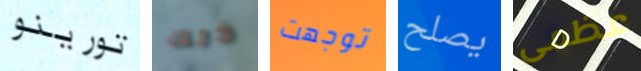
تورينو ذلك توجهت يصلح عظمى